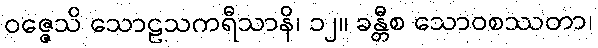
ဝဇ္ဇေသိ သောဠသကရီသာနိ၊ ၁၂။ ခန္တီစ သောဝစဿတာ၊